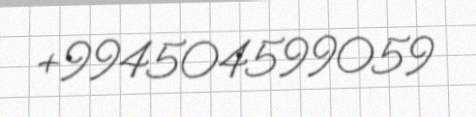
+994504599059